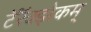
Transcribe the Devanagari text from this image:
टॅरॅक्झेकम्‌